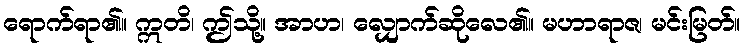
ရောက်ရာ၏။ ဣတိ၊ ဤသို့။ အာဟ၊ လျှောက်ဆိုလေ၏။ မဟာရာဇ၊ မင်းမြတ်။